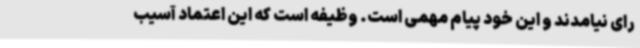
رای نیامدند و این خود پیام مهمی است. وظیفه است که این اعتماد آسیب